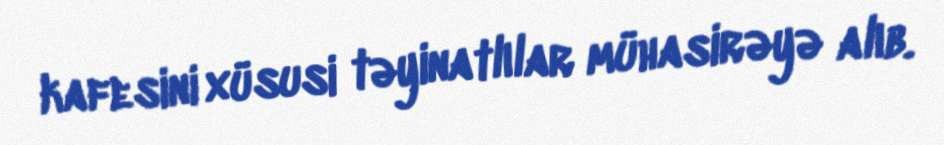
kafesini xüsusi təyinatlılar mühasirəyə alıb.